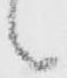
候